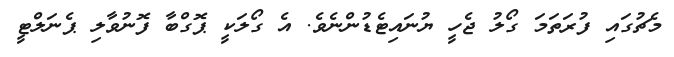
މެޗުގައި ފުރަތަމަ ގޯލު ޖެހީ ޔުނައިޓެޑުންނެވެ. އެ ގޯލަކީ ޕޮގްބާ ފޮނުވާލި ޕެނަލްޓީ